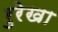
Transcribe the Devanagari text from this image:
रुरेखा